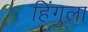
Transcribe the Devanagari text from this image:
हिंगुला